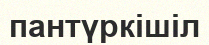
пантүркішіл